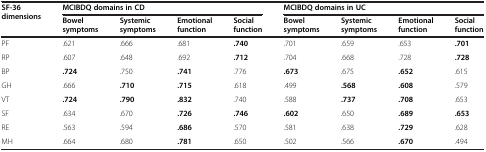
<table><thead><tr><td rowspan="2"><b>SF-36 dimensions</b></td><td colspan="4"><b>MCIBDQ domains in CD</b></td><td colspan="4"><b>MCIBDQ domains in UC</b></td></tr><tr><td><b>Bowel symptoms</b></td><td><b>Systemic symptoms</b></td><td><b>Emotional function</b></td><td><b>Social function</b></td><td><b>Bowel symptoms</b></td><td><b>Systemic symptoms</b></td><td><b>Emotional function</b></td><td><b>Social function</b></td></tr></thead><tbody><tr><td>PF</td><td>.621</td><td>.666</td><td>.681</td><td><b>.740</b></td><td>.701</td><td>.659</td><td>.653</td><td><b>.701</b></td></tr><tr><td>RP</td><td>.607</td><td>.648</td><td>.692</td><td><b>.712</b></td><td>.704</td><td>.668</td><td>.728</td><td><b>.728</b></td></tr><tr><td>BP</td><td><b>.724</b></td><td>.750</td><td><b>.741</b></td><td>.776</td><td><b>.673</b></td><td>.675</td><td><b>.652</b></td><td>.615</td></tr><tr><td>GH</td><td>.666</td><td><b>.710</b></td><td><b>.715</b></td><td>.618</td><td>.499</td><td><b>.568</b></td><td><b>.608</b></td><td>.579</td></tr><tr><td>VT</td><td><b>.724</b></td><td><b>.790</b></td><td><b>.832</b></td><td>.740</td><td>.588</td><td><b>.737</b></td><td><b>.708</b></td><td>.653</td></tr><tr><td>SF</td><td>.634</td><td>.670</td><td><b>.726</b></td><td><b>.746</b></td><td><b>.602</b></td><td>.650</td><td><b>.689</b></td><td><b>.653</b></td></tr><tr><td>RE</td><td>.563</td><td>.594</td><td><b>.686</b></td><td>.570</td><td>.581</td><td>.638</td><td><b>.729</b></td><td>.628</td></tr><tr><td>MH</td><td>.664</td><td>.680</td><td><b>.781</b></td><td>.650</td><td>.502</td><td>.566</td><td><b>.670</b></td><td>.494</td></tr></tbody></table>